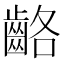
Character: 𪘊